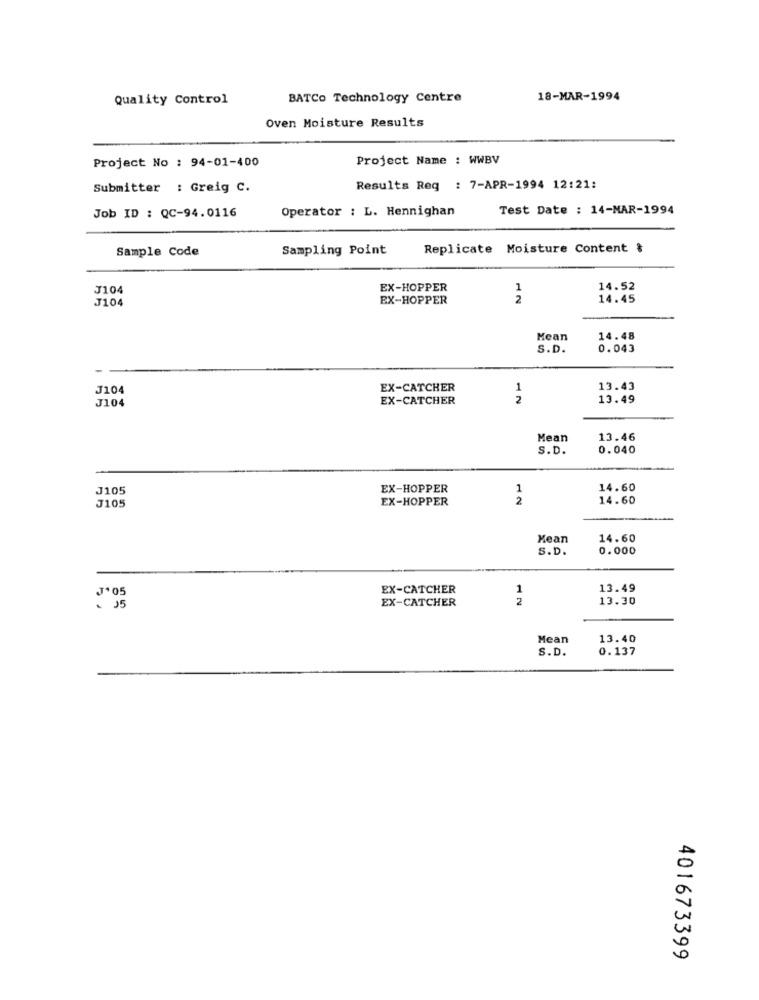
Quality Control
BATCo Technology Centre
18-MAR-1994
Oven Moisture Results
Project No : 94-01-400
Project Name : WWBV
Submitter : Greig C.
Results Req : 7-APR-1994 12:21:
Job ID : QC-94.0116
Operator : L. Hennighan
Test Date : 14-MAR-1994
Sample Code
Sampling Point
Replicate Moisture Content &
J104
EX-HOPPER
1
14.52
J104
EX-HOPPER
2
14.45
Mean
14.48
S.D.
0.043
J104
EX-CATCHER
1
13.43
J104
EX-CATCHER
2
13.49
Mean
13.46
S.D.
0.040
J105
EX-HOPPER
1
14.60
EX-HOPPER
2
14.60
J105
Mean
14.60
S.D.
0.000
J'05
EX-CATCHER
1
13.49
EX-CATCHER
2
13.30
€ 15
Mean
13.40
S. D.
0.137
401673399